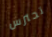
تحترس